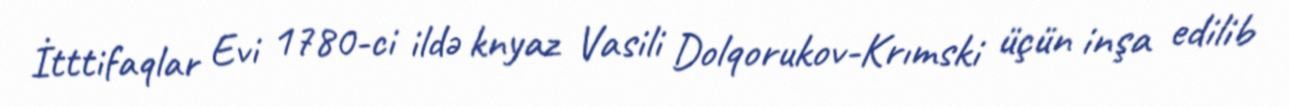
İtttifaqlar Evi 1780-ci ildə knyaz Vasili Dolqorukov-Krımski üçün inşa edilib